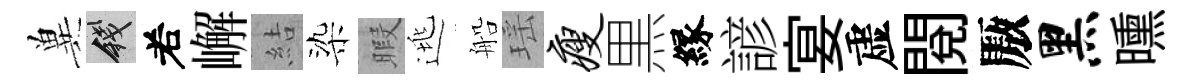
兾錢𠰥嶰結染暇逃船瑶瘦黒縁諺宴虚閱厫黑曛